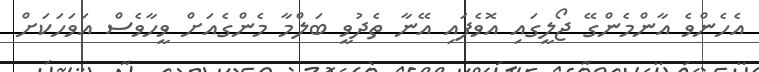
އެހެންވެ އާންމެންގޭ ޖޯލީގައި އޮވެފައި އޭނާ ތެދުވީ ބަލްމާ މެންގެއަށް ވީހާވެސް އަވަހަކަށް